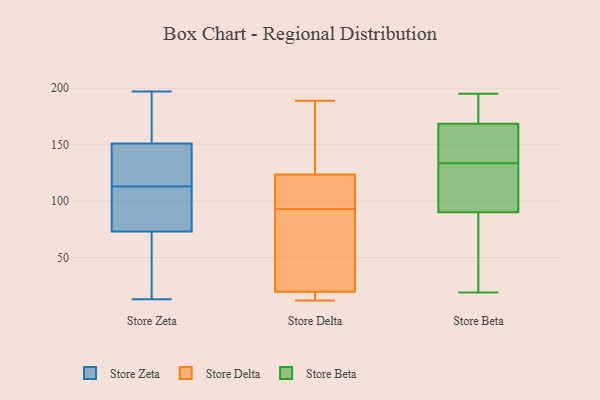
{"axis": {"x": "Page Views", "y": "Value"}, "legend": ["Store Beta", "Store Delta", "Store Zeta"], "data": [{"x": "", "y": 197, "type": "Store Zeta"}, {"x": "", "y": 92, "type": "Store Zeta"}, {"x": "", "y": 130, "type": "Store Zeta"}, {"x": "", "y": 167, "type": "Store Zeta"}, {"x": "", "y": 105, "type": "Store Zeta"}, {"x": "", "y": 54, "type": "Store Zeta"}, {"x": "", "y": 135, "type": "Store Zeta"}, {"x": "", "y": 99, "type": "Store Zeta"}, {"x": "", "y": 37, "type": "Store Zeta"}, {"x": "", "y": 13, "type": "Store Zeta"}, {"x": "", "y": 197, "type": "Store Zeta"}, {"x": "", "y": 121, "type": "Store Zeta"}, {"x": "", "y": 21, "type": "Store Delta"}, {"x": "", "y": 189, "type": "Store Delta"}, {"x": "", "y": 50, "type": "Store Delta"}, {"x": "", "y": 12, "type": "Store Delta"}, {"x": "", "y": 146, "type": "Store Delta"}, {"x": "", "y": 63, "type": "Store Delta"}, {"x": "", "y": 162, "type": "Store Delta"}, {"x": "", "y": 104, "type": "Store Delta"}, {"x": "", "y": 105, "type": "Store Delta"}, {"x": "", "y": 16, "type": "Store Delta"}, {"x": "", "y": 16, "type": "Store Delta"}, {"x": "", "y": 116, "type": "Store Delta"}, {"x": "", "y": 93, "type": "Store Delta"}, {"x": "", "y": 115, "type": "Store Beta"}, {"x": "", "y": 27, "type": "Store Beta"}, {"x": "", "y": 163, "type": "Store Beta"}, {"x": "", "y": 97, "type": "Store Beta"}, {"x": "", "y": 174, "type": "Store Beta"}, {"x": "", "y": 179, "type": "Store Beta"}, {"x": "", "y": 195, "type": "Store Beta"}, {"x": "", "y": 106, "type": "Store Beta"}, {"x": "", "y": 83, "type": "Store Beta"}, {"x": "", "y": 19, "type": "Store Beta"}, {"x": "", "y": 154, "type": "Store Beta"}, {"x": "", "y": 152, "type": "Store Beta"}]}